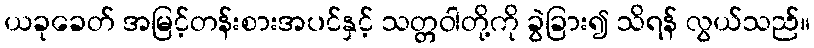
ယခုခေတ် အမြင့်တန်းစားအပင်နှင့် သတ္တဝါတို့ကို ခွဲခြား၍ သိရန် လွယ်သည်။